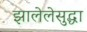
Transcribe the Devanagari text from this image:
झालेलेसुद्धा